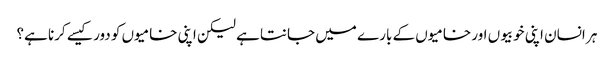
ہر انسان اپنی خوبیوں اور خامیوں کے بارے میں جانتا ہے لیکن اپنی خامیوں کو دور کیسے کرنا ہے؟